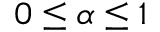
0 \le \alpha \le 1